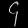
Digit: ၄